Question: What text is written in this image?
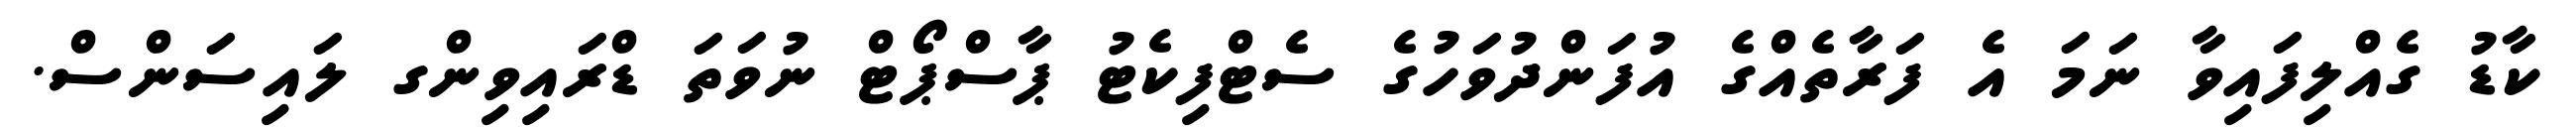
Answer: ކާޑު ގެއްލިފައިވާ ނަމަ އެ ފަރާތެއްގެ އުފަންދުވަހުގެ ސެޓްފިކެޓު ޕާސްޕޯޓް ނުވަތަ ޑްރައިވިންގ ލައިސަންސް.